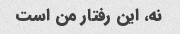
نه، این رفتار من است